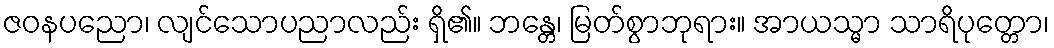
ဇဝနပညော၊ လျင်သောပညာလည်း ရှိ၏။ ဘန္တေ၊ မြတ်စွာဘုရား။ အာယသ္မာ သာရိပုတ္တော၊